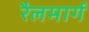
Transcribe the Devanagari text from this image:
रैलमार्ग